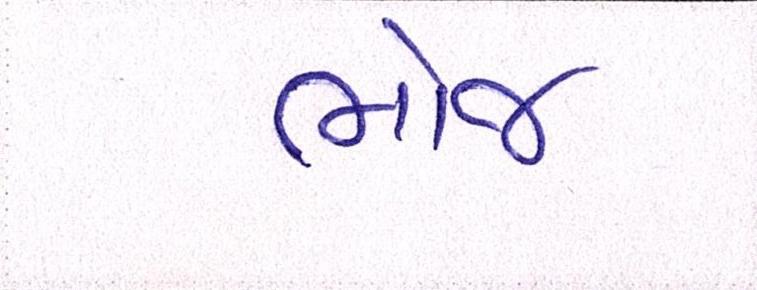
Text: ભોજ